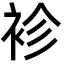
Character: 袗